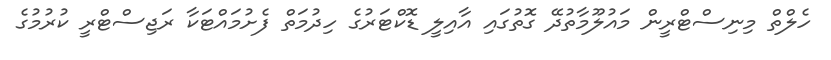
ހެލްތް މިނިސްޓްރީން މައުލޫމާތުދޭ ގޮތުގައި އާއިލީ ޑޮކްޓަރުގެ ހިދުމަތް ފެށުމައްޓަކާ ރަޖިސްޓްރީ ކުރުމުގެ